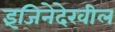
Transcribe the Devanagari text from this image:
इंजिनेदेखील